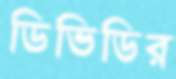
ডিভিডির